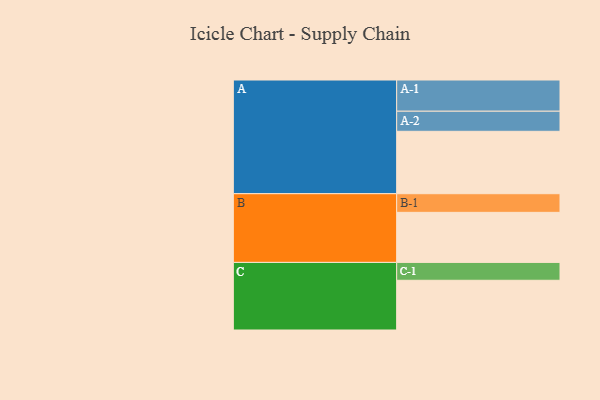
{"axis": {"x": "Segment", "y": "Value"}, "legend": ["", "A", "B", "C"], "data": [{"x": "A", "y": 556, "type": ""}, {"x": "B", "y": 446, "type": ""}, {"x": "C", "y": 443, "type": ""}, {"x": "A-1", "y": 278, "type": "A"}, {"x": "A-2", "y": 179, "type": "A"}, {"x": "B-1", "y": 166, "type": "B"}, {"x": "C-1", "y": 159, "type": "C"}]}